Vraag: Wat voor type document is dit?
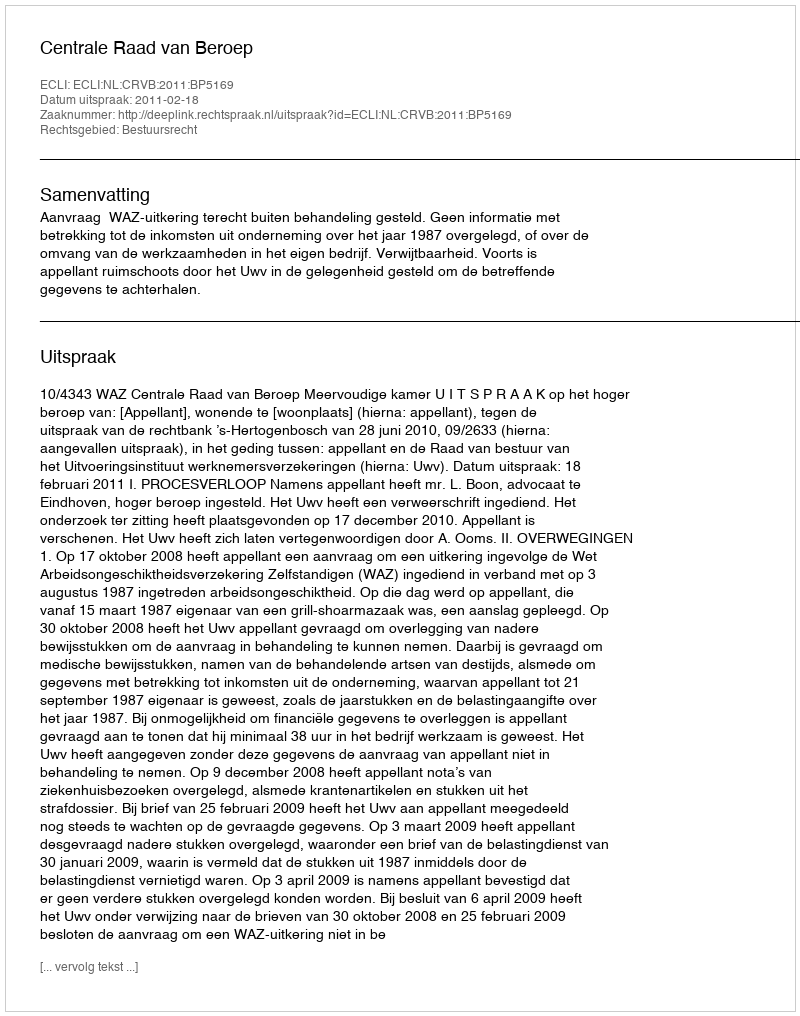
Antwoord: Uitspraak